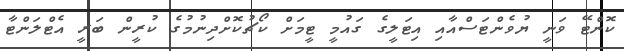
ކޮންޓޭ ވަނީ ޔުވެންޓަސްއާއި އިޓަލީގެ ގައުމީ ޓީމަށް ކޯޗުކޮށްދިނުމުގެ ކުރީން ބަރީ އެޓްލަންޓާ